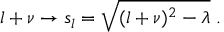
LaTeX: l + \nu \rightarrow s _ { l } = \sqrt { ( l + \nu ) ^ { 2 } - \lambda } \; .